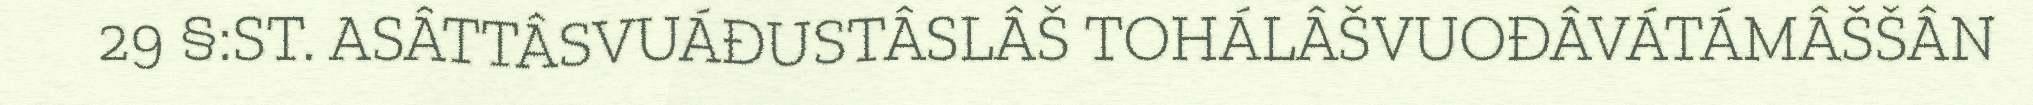
29 §:ST. ASÂTTÂSVUÁĐUSTÂSLÂŠ TOHÁLÂŠVUOĐÂVÁTÁMÂŠŠÂN